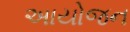
અાયોજન